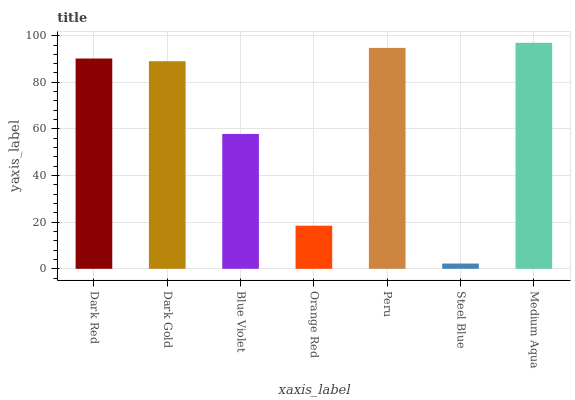
| xaxis_label | bars |
 | --- | --- |
 | Dark Red | 90.2 |
 | Dark Gold | 89.1 |
 | Blue Violet | 57.8 |
 | Orange Red | 18.5 |
 | Peru | 94.8 |
 | Steel Blue | 2.26 |
 | Medium Aqua | 97 |